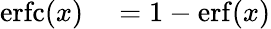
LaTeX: {\begin{array}{rl}{\operatorname{erfc}(x)}&{{}=1-\operatorname{erf}(x)}\end{array}}